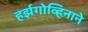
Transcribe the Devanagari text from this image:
हर्झगोव्हिनाने